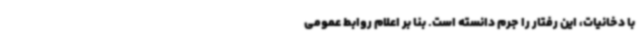
با دخانیات، این رفتار را جرم دانسته است. بنا بر اعلام روابط عمومی